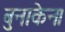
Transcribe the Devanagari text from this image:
बुनाकेन।